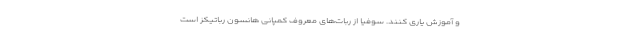
و آموزش یاری کنند. سوفیا از ربات‌های معروف کمپانی هانسون رباتیکز است